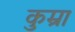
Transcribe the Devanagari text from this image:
कुम्रा